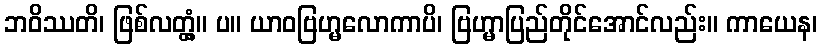
ဘဝိဿတိ၊ ဖြစ်လတ္တံ့။ ပ။ ယာဝဗြဟ္မလောကာပိ၊ ဗြဟ္မာပြည်တိုင်အောင်လည်း။ ကာယေန၊